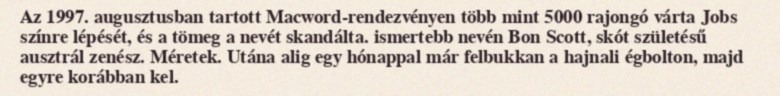
Az 1997. augusztusban tartott Macword-rendezvényen több mint 5000 rajongó várta Jobs színre lépését, és a tömeg a nevét skandálta. ismertebb nevén Bon Scott, skót születésű ausztrál zenész. Méretek. Utána alig egy hónappal már felbukkan a hajnali égbolton, majd egyre korábban kel.